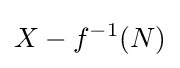
X-f^{-1}(N)